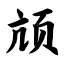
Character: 颃